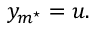
y _ { m ^ { \star } } = u .